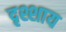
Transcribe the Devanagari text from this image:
दृश्शाय